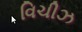
વિચીઝ